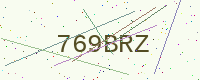
Text: 769BRZ